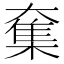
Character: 𡙸